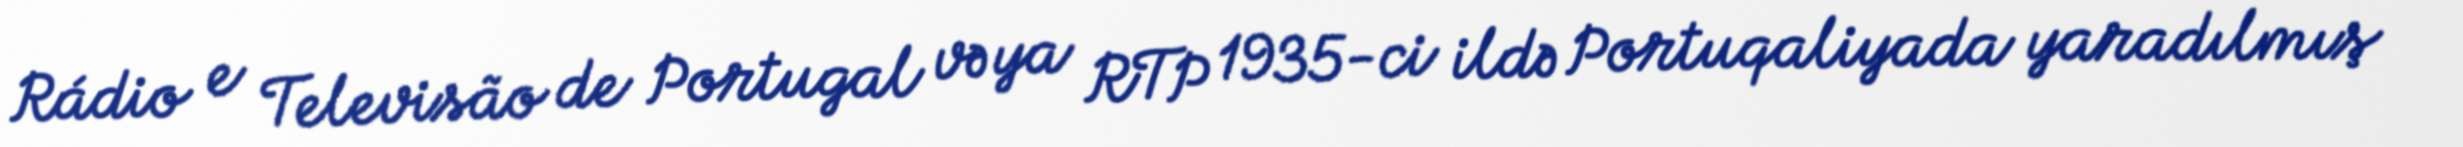
Rádio e Televisão de Portugal və ya RTP 1935-ci ildə Portuqaliyada yaradılmış